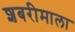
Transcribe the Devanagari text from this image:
शबरीमाला